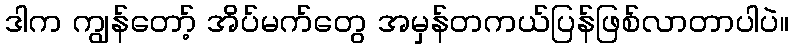
ဒါက ကျွန်တော့် အိပ်မက်တွေ အမှန်တကယ်ပြန်ဖြစ်လာတာပါပဲ။